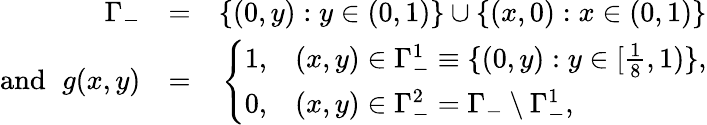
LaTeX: \begin{array}{rlr}{\Gamma_{-}}&{=}&{\{ (0,y):y\in(0,1)\} \cup\{ (x,0):x\in(0,1)\} }\\ {\mathrm{and~}\, \, g(x,y)}&{=}&{\left\{ \begin{array}{rl}{1,}&{(x,y)\in\Gamma_{-}^{1}\equiv\{ (0,y):y\in[\frac{1}{8},1)\} ,}\\ {0,}&{(x,y)\in\Gamma_{-}^{2}=\Gamma_{-}\setminus\Gamma_{-}^{1},}\end{array}\right.}\end{array}